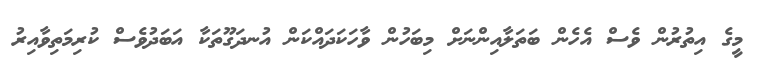
މީގެ އިތުރުން ވެސް އެހެން ބަތަލާއިންނަށް މިބަހުން ވާހަކަދައްކަން އުނދަގޫތަކާ އަބަދުވެސް ކުރިމަތިވާއިރު